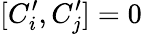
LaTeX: [C_{i}^{\prime},C_{j}^{\prime}]=0\,